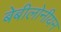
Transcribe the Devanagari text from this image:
बेबीलोनीयन